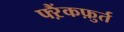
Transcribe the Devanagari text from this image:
फ्ऱैंकफ़ुर्त